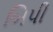
બિપી